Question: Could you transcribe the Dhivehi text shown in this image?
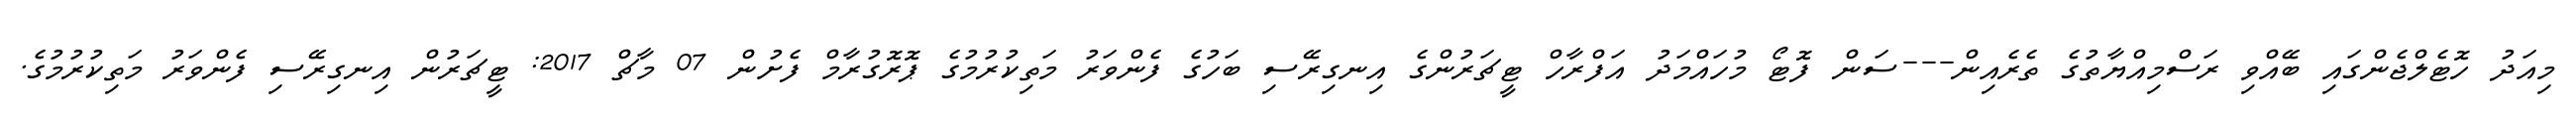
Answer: މިއަދު ހޮޓެލްޖެންގައި ބޭއްވި ރަސްމިއްޔާތުގެ ތެރެއިން---ސަން ފޮޓޯ މުހައްމަދު އަފްރާހް ޓީޗަރުންގެ އިނގިރޭސި ބަހުގެ ފެންވަރު މަތިކުރުމުގެ ޕޮރޮގުރާމް ފެށުން 07 މާޗް 2017: ޓީޗަރުން އިނގިރޭސި ފެންވަރު މަތިކުރުމުގެ.